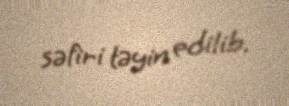
səfiri təyin edilib.